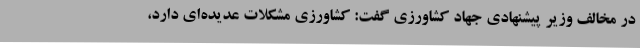
در مخالف وزیر پیشنهادی جهاد کشاورزی گفت: کشاورزی مشکلات عدیده‌ای دارد،